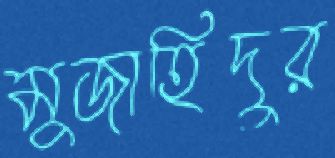
মুজাহিদুর